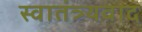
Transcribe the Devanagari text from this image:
स्वातंत्र्यवाद